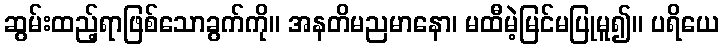
ဆွမ်းထည့်ရာဖြစ်သောခွက်ကို။ အနတိမညမာနော၊ မထီမဲ့မြင်မပြုမူ၍။ ပရိယေ